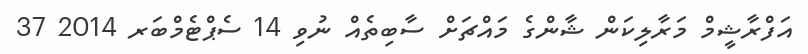
އަފްރާޝީމް މަރާލިކަން ޝާންގެ މައްޗަށް ސާބިތެއް ނުވި 14 ސެޕްޓެމްބަރ 2014 37